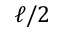
\ell / 2